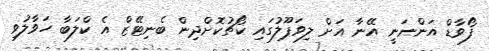
ފޯވާޑް އަންނަނީ އޭނާ އަށް ލިވަޕޫލުގައި ކޯޗުކޮށްދިން ބެނިޓޭޒް އެ ކްލަބާ ހަވާލުވި